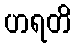
ဟရတိ